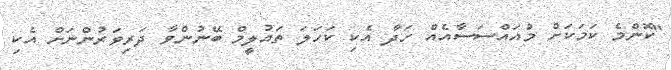
"ކޮންމެ ކަމަކަށް މުއައްސަސާއެއް ހަދާ އެކި ކަހަލަ ތައުލީމް ބޭނުންވާ ދަރިވަރުންނަށް އެކި